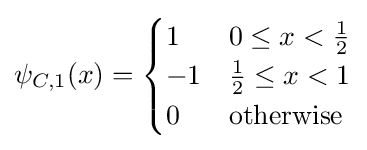
\psi _{C,1}(x)={\begin{cases}1&0\leq x<{\frac {1}{2}}\\-1&{\frac {1}{2}}\leq x<1\\0&{\text{otherwise}}\end{cases}}